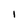
Character: l